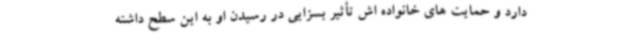
دارد و حمایت های خانواده اش تأثیر بسزایی در رسیدن او به این سطح داشته